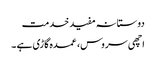
دوستانہ مفید خدمت
اچھی سروس، عمدہ گاڑی ہے ۔